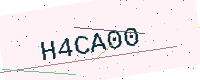
Text: H4CA00